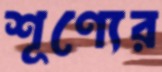
শূণ্যের